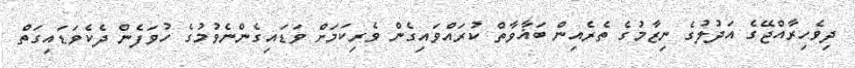
ދިވެހިރާއްޖޭގެ އަދުލުގެ ނިޒާމުގެ ތެރެއިން ބަޣާވާތް ކުރައްވައިގެން ވެރިކަމަށް ވަޑައިގެންނެވުމުގެ ހުވަފެން ދެކެވަޑައިގަތް